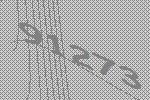
91273